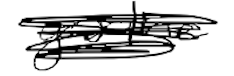
Text: gasoline
Cross-out: scratch
Writing tool: digital_black